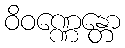
ဝိဝဏ္ဏေန္တော